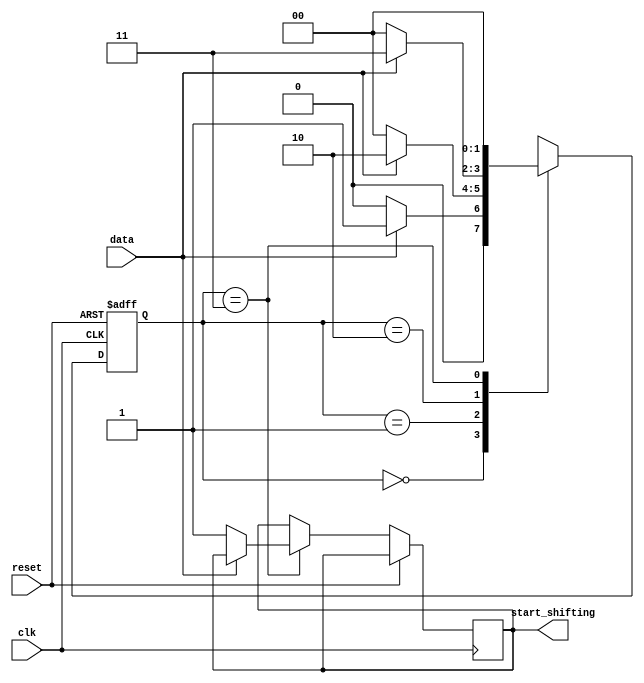
module top_module (
    input clk,
    input reset,      // Synchronous reset
    input data,
    output start_shifting);

    // State machine variables
    reg [1:0] state = 0;
    reg start_shifting = 0;

    // FSM logic
    always @(posedge clk or posedge reset) begin
        if (reset) begin
            state <= 0;
        end else begin
            case (state)
                0: begin
                    if (data == 1) begin
                        state <= 1;
                    end else begin
                        state <= 0;
                    end
                end
                1: begin
                    if (data == 1) begin
                        state <= 2;
                    end else begin
                        state <= 0;
                    end
                end
                2: begin
                    if (data == 1) begin
                        state <= 3;
                    end else begin
                        state <= 0;
                    end
                end
                3: begin
                    if (data == 0) begin
                        state <= 0;
                        start_shifting <= 1;
                    end else begin
                        state <= 0;
                    end
                end
            endcase
        end
    end

endmodule